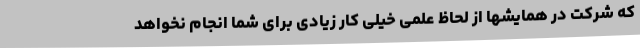
که شرکت در همایشها از لحاظ علمی خیلی کار زیادی برای شما انجام نخواهد